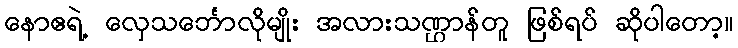
နောဧရဲ့ လှေသင်္ဘောလိုမျိုး အလားသဏ္ဌာန်တူ ဖြစ်ရပ် ဆိုပါတော့။